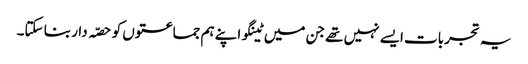
یہ تجربات ایسے نہیں تھے جن میں ٹینگو اپنے ہم جماعتوں کو حصّہ دار بنا سکتا۔